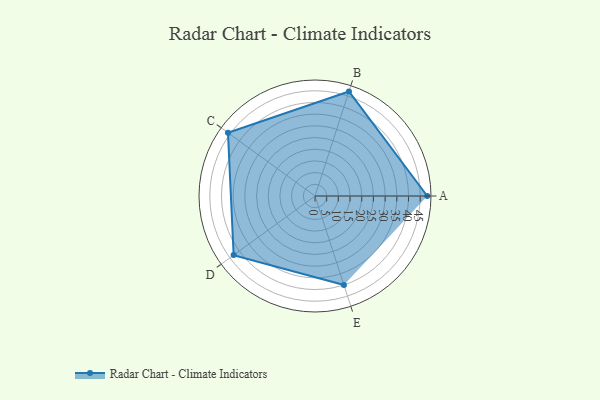
{"axis": {"x": "Skill", "y": "Score"}, "legend": ["Profile"], "data": [{"x": "A", "y": 48.0, "type": "Profile"}, {"x": "B", "y": 47.0, "type": "Profile"}, {"x": "C", "y": 46.0, "type": "Profile"}, {"x": "D", "y": 43.0, "type": "Profile"}, {"x": "E", "y": 40.0, "type": "Profile"}]}